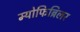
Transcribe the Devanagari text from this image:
म्योफिब्रिलर